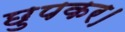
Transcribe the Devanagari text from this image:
छुपकर।